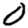
Digit: 0